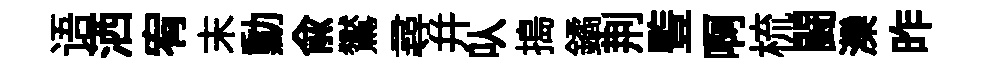
语洒宥末勳俞鸑尋幷㕥搗鐍荆䜿啊梳闘灤昨